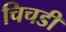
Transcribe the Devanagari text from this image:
चिचडी